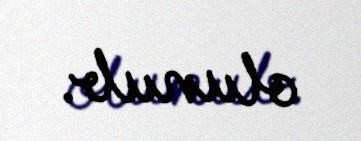
olunub.